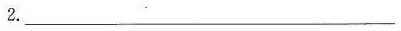
2.___